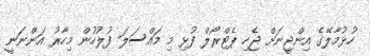
ހުޅުމާލޭގެ އިންޖީނަށް ޖެހި ޕެޓްރޯލް ފުޅި މި މައްސަލަ ފުލުހުން މިހާރު އަންނަނީ